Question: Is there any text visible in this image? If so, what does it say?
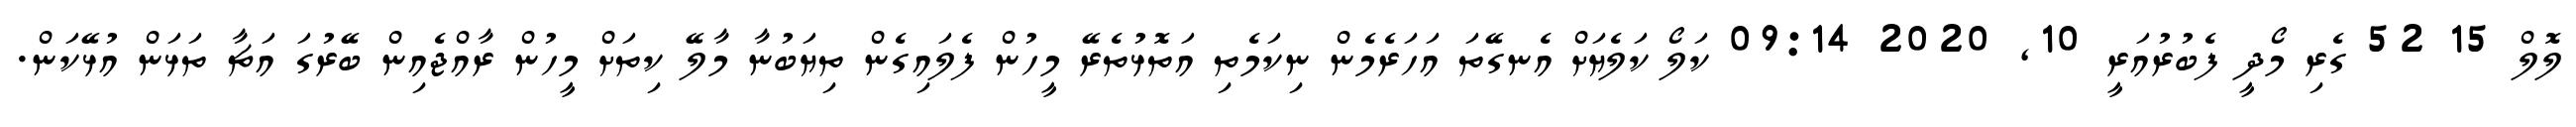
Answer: ލޮލް 15 52 ގެރި މޯދީ ފެބުރުއަރީ 10, 2020 09:14 ކަލޯ ކަލެޔަށް އެނގޭތަ އަހަރެމެން ނިކަމެތި އަތޮޅުތެރޭ މީހުން ފެލައިގެން ތިޔަބުނާ މާލޭ ކިތަށް މީހުން ރާއްޖެއިން ބޭރުގަ އަޗާ ތަޅަން އުޅޭކަން.